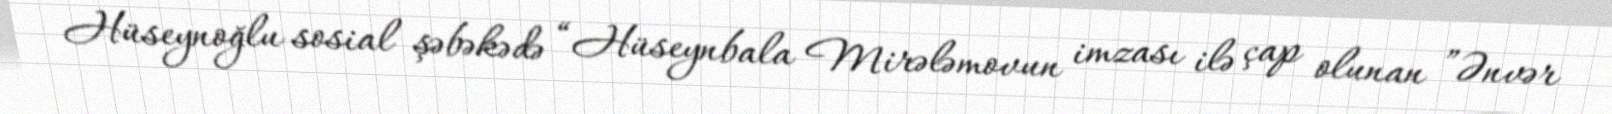
Hüseynoğlu sosial şəbəkədə “Hüseynbala Mirələmovun imzası ilə çap olunan ”Ənvər